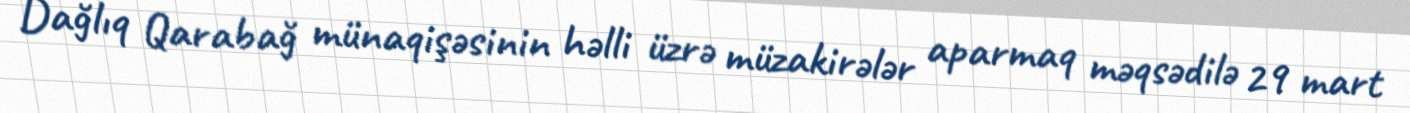
Dağlıq Qarabağ münaqişəsinin həlli üzrə müzakirələr aparmaq məqsədilə 29 mart